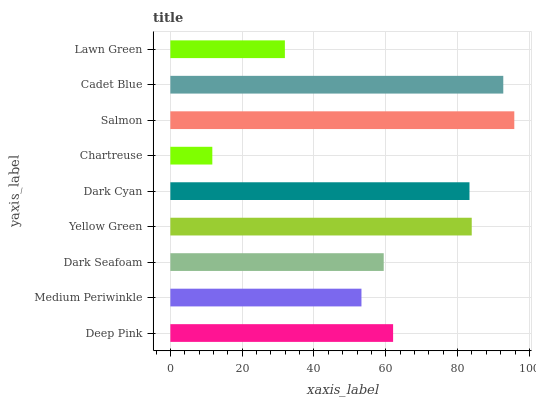
| yaxis_label | bars |
 | --- | --- |
 | Deep Pink | 62 |
 | Medium Periwinkle | 53.2 |
 | Dark Seafoam | 59.4 |
 | Yellow Green | 83.9 |
 | Dark Cyan | 83.3 |
 | Chartreuse | 11.7 |
 | Salmon | 95.8 |
 | Cadet Blue | 92.7 |
 | Lawn Green | 31.9 |